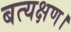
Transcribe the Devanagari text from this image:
बत्यक्षण।